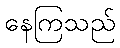
နေကြသည်